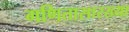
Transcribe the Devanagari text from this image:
गणितासारख्या